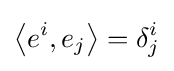
\left\langle e^{i},e_{j}\right\rangle =\delta _{j}^{i}